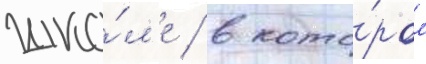
шко́л'е / в кото́ром